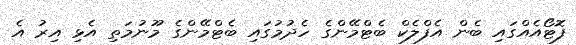
ފޮޓޯއެއްގައި ބެން އެފްލެކް ބެޓްމޭންގެ ހެދުމުގައި ބެޓްމޭންގެ މޫނުމަތި އެޅި އިރު އެ